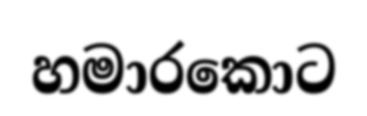
හමාරකොට